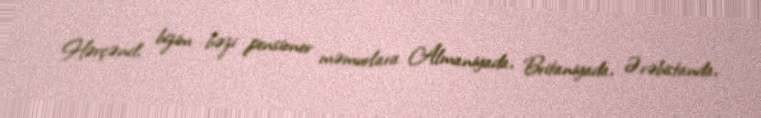
Hərçənd, bizim bəzi pensioner məmurlara Almaniyada, Britaniyada, Ərəbistanda,